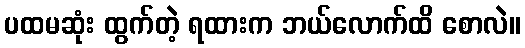
ပထမဆုံး ထွက်တဲ့ ရထားက ဘယ်လောက်ထိ စောလဲ။